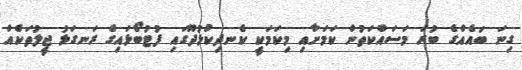
ގިނަ ބައެއްގެ ބުރަ މަސައްކަތުން ކަމަށާއި މިކަމަކީ ކެނދިކުޅުދޫގައި ފުޓުބޯޅައިގެ ރަނގަޅު ޖީލުތަކެއް